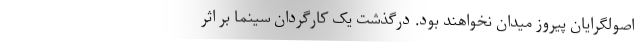
اصولگرایان پیروز میدان نخواهند بود. درگذشت یک کارگردان سینما بر اثر